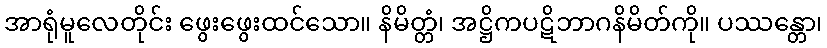
အာရုံမူလေတိုင်း ဖွေးဖွေးထင်သော။ နိမိတ္တံ၊ အဋ္ဌိကပဋိဘာဂနိမိတ်ကို။ ပဿန္တော၊